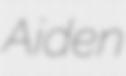
Aiden